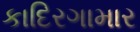
કાદિરગામાર